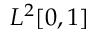
L ^ { 2 } [ 0 , 1 ]